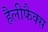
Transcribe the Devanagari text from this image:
हैलीफैक्स